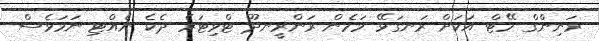
ރަނިންގް މޭޓް އަކަށް ރަނގަޅޭ މަމެން ރަންރީނދޫ ޓްވިޓަރެ ދެކެ ނެއްޓި ނަމަވެސް